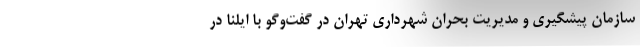
سازمان پیشگیری و مدیریت بحران شهرداری تهران در گفت‌وگو با ایلنا در